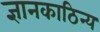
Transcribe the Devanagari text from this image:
ज्ञानकाठिन्य